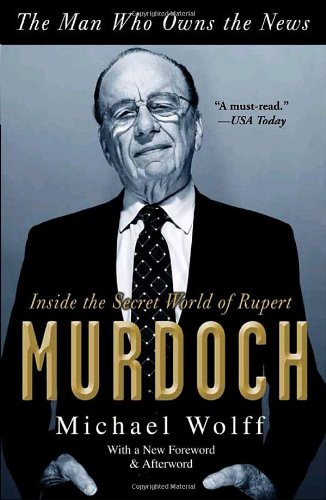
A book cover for The Man Who Owns the News: Inside the Secret World of Rupert Murdoch; Michael Wolff; Biographies & Memoirs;